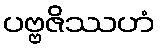
ပဗ္ဗဇိဿဟံ